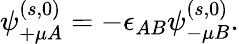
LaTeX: \psi_{+\mu A}^{(s,0)}=-\epsilon_{AB}\psi_{-\mu B}^{(s,0)}.